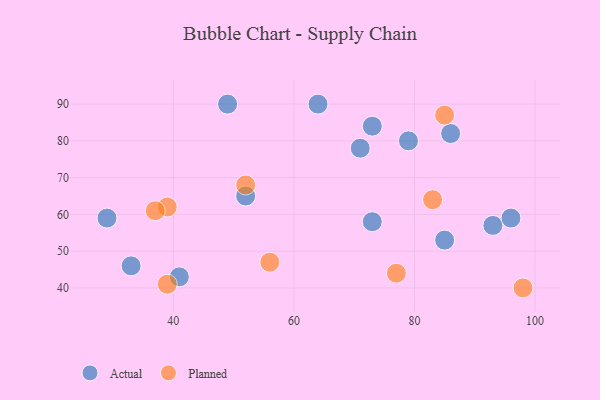
{"axis": {"x": "GDP", "y": "Life Expectancy"}, "legend": ["Actual", "Planned"], "data": [{"x": "73", "y": 58, "type": "Actual"}, {"x": "86", "y": 82, "type": "Actual"}, {"x": "79", "y": 80, "type": "Actual"}, {"x": "52", "y": 65, "type": "Actual"}, {"x": "29", "y": 59, "type": "Actual"}, {"x": "93", "y": 57, "type": "Actual"}, {"x": "73", "y": 84, "type": "Actual"}, {"x": "33", "y": 46, "type": "Actual"}, {"x": "64", "y": 90, "type": "Actual"}, {"x": "41", "y": 43, "type": "Actual"}, {"x": "96", "y": 59, "type": "Actual"}, {"x": "85", "y": 53, "type": "Actual"}, {"x": "49", "y": 90, "type": "Actual"}, {"x": "71", "y": 78, "type": "Actual"}, {"x": "52", "y": 68, "type": "Planned"}, {"x": "77", "y": 44, "type": "Planned"}, {"x": "83", "y": 64, "type": "Planned"}, {"x": "39", "y": 62, "type": "Planned"}, {"x": "98", "y": 40, "type": "Planned"}, {"x": "56", "y": 47, "type": "Planned"}, {"x": "39", "y": 41, "type": "Planned"}, {"x": "37", "y": 61, "type": "Planned"}, {"x": "85", "y": 87, "type": "Planned"}]}